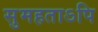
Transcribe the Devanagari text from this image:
सुमहताऽपि